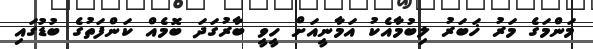
މަންމަގެ މަރު ޚަބަރު ލިބުމާއެކު އަމާނީއަށް ހީވީ ބާރުގަދަ ބޮމެއް ކަންފަތުގެ ބުޑުގައި